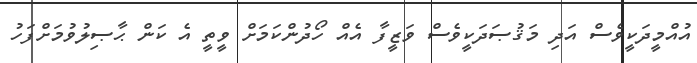
އުއްމީދަކީވެސް އަދި މަޤުޞަދަކީވެސް ވަޒީފާ އެއް ހޯދުންކަމަށް ވީތީ އެ ކަން ޙާޞިލުވުމަށްފަހު